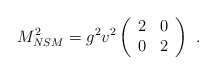
\begin{align*} M_{NSM}^2 =g^2 v^2 \left(\begin{array}{cc} 2 & 0 \\ 0 & 2 \\ \end{array} \right)~.~\,\end{align*}